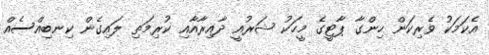
އެކަމަކު ވެރިކަން ހިންގާ ޕާޓީގެ މީހަކު ޝަރުއީ ދާއިރާއާއި ކުރިމަތި ލައިގެން ކިނބިއްސެއް